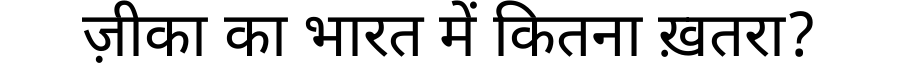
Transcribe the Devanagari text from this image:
ज़ीका का भारत में कितना ख़तरा?